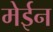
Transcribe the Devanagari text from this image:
मेईन